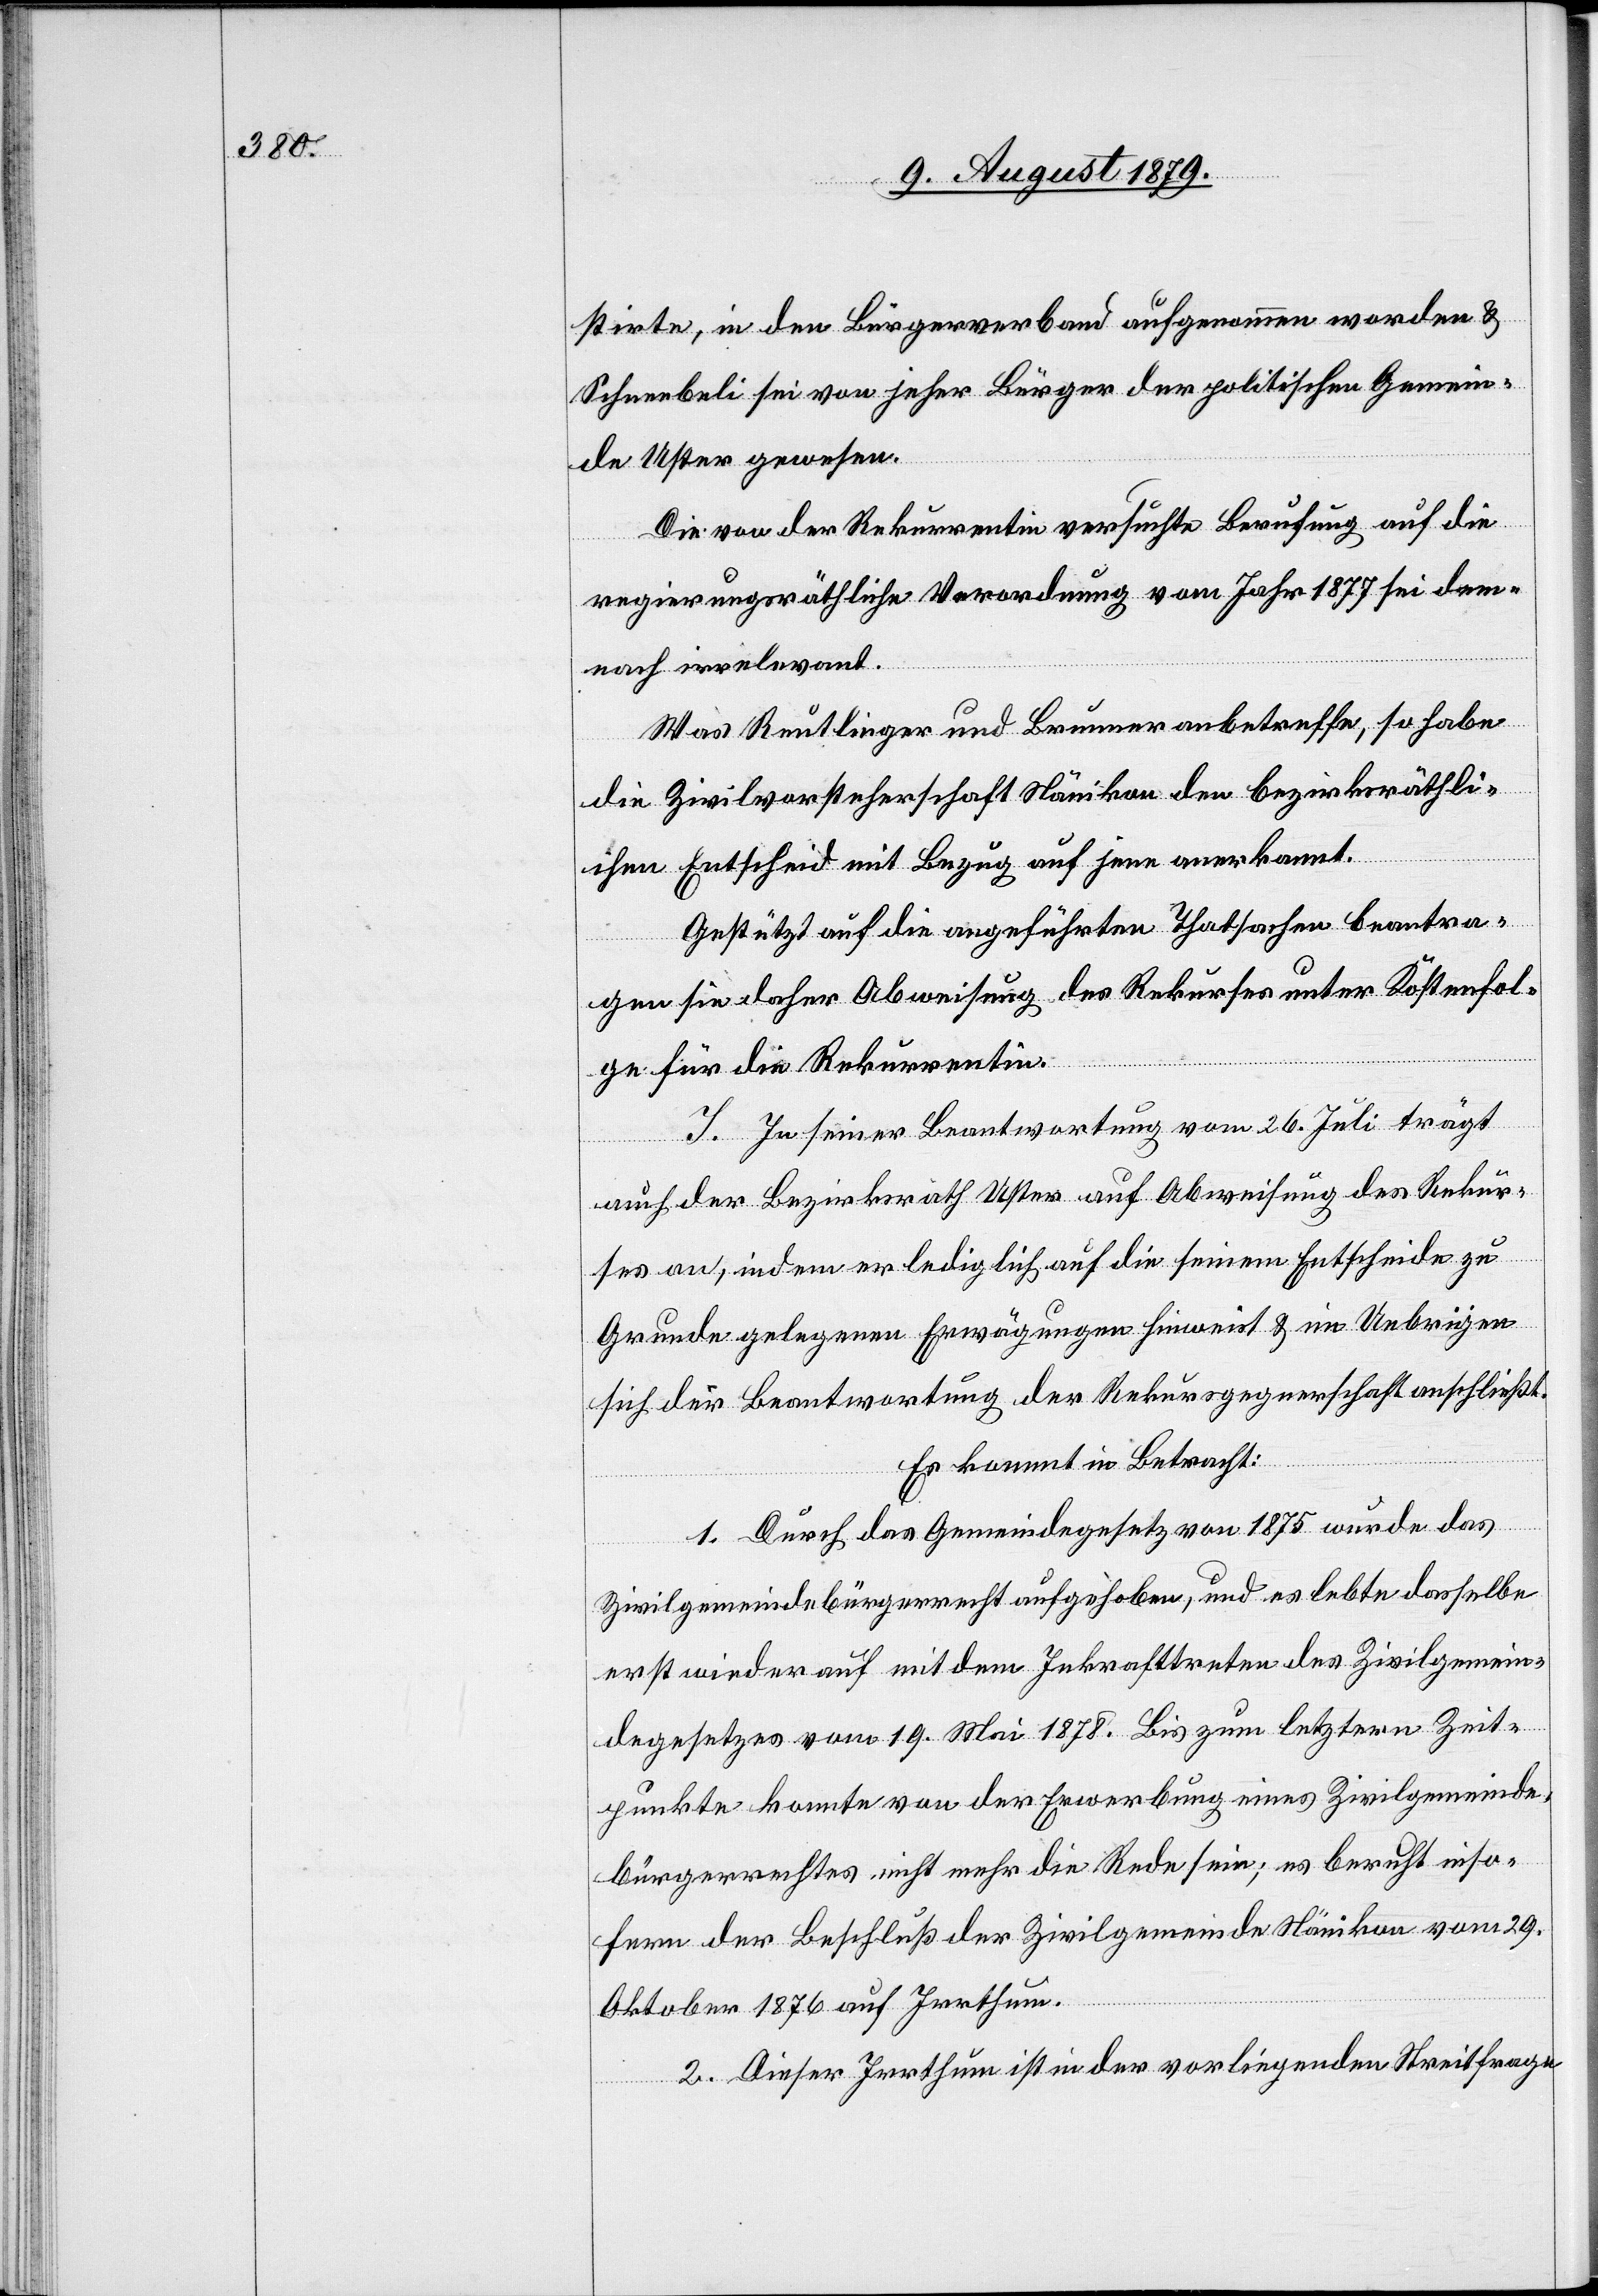
stirte, in den Bürgerverband aufgenommen worden &
Schneebeli sei von jeher Bürger der politischen Gemein¬
de Uster gewesen.
Die von der Rekurrentin versuchte Berufung auf die
regierungsräthliche Verordnung vom Jahr 1877 sei den¬
noch irrelevant.
Was Reutlinger und Brunner anbetreffe, so habe
die Zivilvorsteherschaft Nänikon den bezirksräthli¬
chen Entscheid mit Bezug auf jene anerkannt.
Gestützt auf die angeführten Thatsachen beantra¬
gen sie daher Abweisung des Rekurses unter Kostenfol¬
ge für die Rekurrentin.
J. In seiner Beantwortung vom 26. Juli trägt
auch der Bezirksrath Uster auf Abweisung des Rekur¬
ses an, indem er lediglich auf die seinem Entscheide zu
Grunde gelegenen Erwägungen hinweist & im Uebrigen
sich der Beantwortung der Rekursgegnerschaft anschließt.
Es kommt in Betracht:
1. Durch das Gemeindegesetz von 1875 wurde das
Zivilgemeindebürgerrecht aufgehoben, und es lebte dasselbe
erst wieder auf mit dem Inkrafttreten des Zivilgemein¬
degesetzes vom 19. Mai 1878. Bis zum letztern Zeit¬
punkte konnte von der Erwerbung eines Zivilgemeinde¬
bürgerrechtes nicht mehr die Rede sein, es beruht inso¬
fern der Beschluß der Zivlgmeinde Nänikon vom 29.
Oktober 1876 auf Irrthum.
2. Dieser Irrthum ist in der vorliegenden Streitfrage